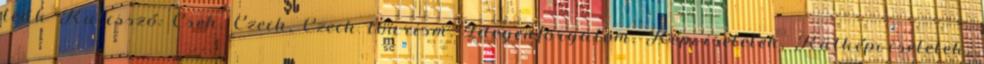
teák Kulcsszó: Cseh, Czech, Czech tourism, Idegenforgalom, Képviseletek, Külképviseletek,